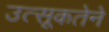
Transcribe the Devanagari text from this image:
उत्सूकतेने